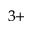
^ { 3 + }